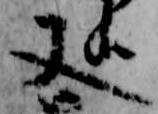
又